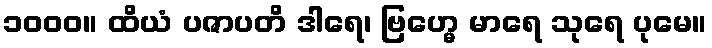
၁၀၀၀။ ထိယံ ပဇာပတိ ဒါရေ၊ ဗြဟ္မေ မာရေ သုရေ ပုမေ။